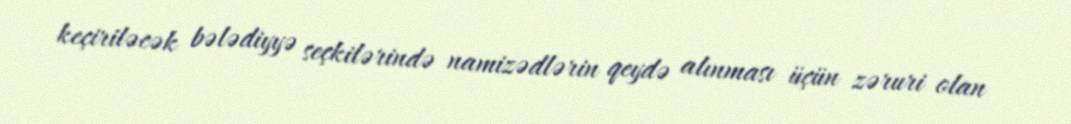
keçiriləcək bələdiyyə seçkilərində namizədlərin qeydə alınması üçün zəruri olan